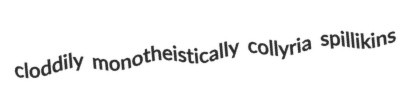
cloddily monotheistically collyria spillikins